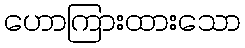
ဟောကြားထားသော